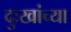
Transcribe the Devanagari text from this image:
दुःखांच्या